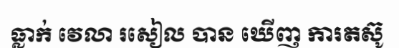
ធ្លាក់ វេលា រសៀល បាន ឃើញ ការតស៊ូ